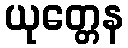
ယုတ္တေန